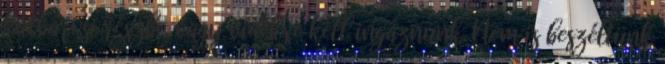
külvárosi részbe, vagy vidékre kell ingáznunk. Nem is beszéltünk